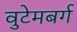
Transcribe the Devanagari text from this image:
वुटेमबर्ग